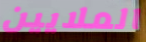
الملايين